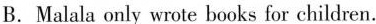
B.Malala only wrote books for children.